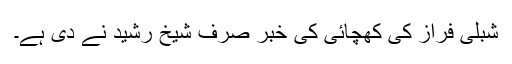
شبلی فراز کی کھچائی کی خبر صرف شیخ رشید نے دی ہے۔